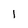
Character: 1